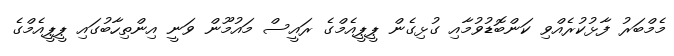
މެމްބަރު ފާޅުކުރެއްވި ކަންބޮޑުވުމާއި ގުޅިގެން ޕީޕީއެމްގެ ރައީސް މައުމޫން ވަނީ އިންތިހާބުގައި ޕީޕީއެމްގެ